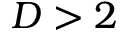
D > 2